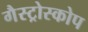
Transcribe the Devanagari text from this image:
गैस्ट्रोस्कोप